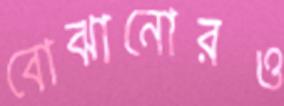
বোঝানোরও